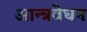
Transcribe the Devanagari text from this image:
आन्त्रवेधन